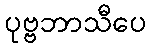
ပုဗ္ဗဘာသီပေ